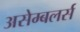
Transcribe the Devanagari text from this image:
असेम्बलर्स